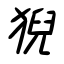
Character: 猊